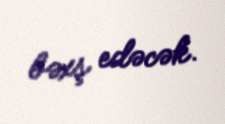
bəxş edəcək.